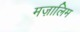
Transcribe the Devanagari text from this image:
मज़ालिम